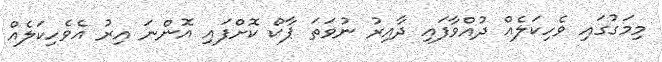
މިމަގުގައި ވެހިކަލެއް ދުއްވާފައި ދާއިރު ނުވަތަ ޕާކް ކޮށްފައި އޮންނަ އިރު އެވެހިކަލެއް